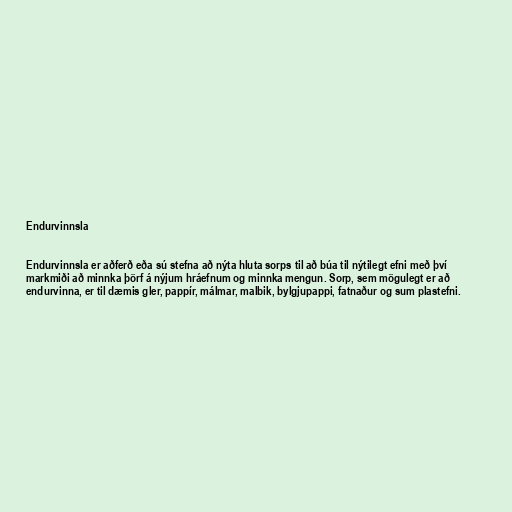
Endurvinnsla

Endurvinnsla er aðferð eða sú stefna að nýta hluta sorps til að búa til nýtilegt efni með því
markmiði að minnka þörf á nýjum hráefnum og minnka mengun. Sorp, sem mögulegt er að
endurvinna, er til dæmis gler, pappír, málmar, malbik, bylgjupappi, fatnaður og sum plastefni.